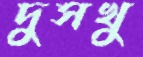
দুসখু